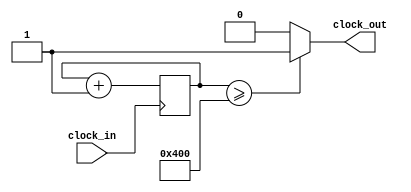
module clock_divider 
  #(
    parameter DIV = 10
  )
  (
    input clock_in,
    output clock_out
  );
  
  reg [DIV:0] counter;

  always @(posedge clock_in) begin
    counter <= counter + 1;
  end
  
  // 50% duty cycle clock
  assign clock_out = (counter >= (1<<DIV)) ? 1 : 0;
endmodule